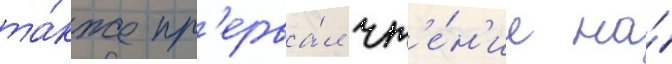
та́кже пр'ерва́л чт'е́н'ие на́